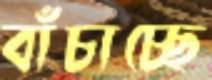
বাঁচাচ্ছে